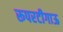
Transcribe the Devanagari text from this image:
रूपरटीगाऊ